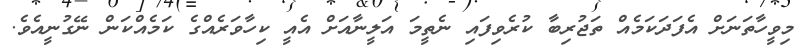
މިވީހާތަނަށް އެފަދަކަމެއް ތަޖުރިބާ ކުރެވިފައި ނެތީމަ އަލީނާއަށް އެއީ ކިހާވަރެއްގެ ކަމެއްކަން ނޭގުނީއެވެ.